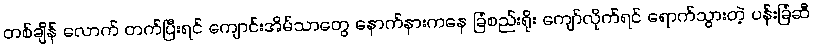
တစ်ချိန် လောက် တက်ပြီးရင် ကျောင်းအိမ်သာတွေ နောက်နားကနေ ခြံစည်းရိုး ကျော်လိုက်ရင် ရောက်သွားတဲ့ ပန်းခြံဆီ